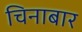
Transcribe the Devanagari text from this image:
चिनाबार